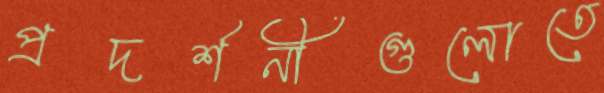
প্রদর্শনীগুলোতে